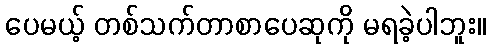
ပေမယ့် တစ်သက်တာစာပေဆုကို မရခဲ့ပါဘူး။